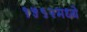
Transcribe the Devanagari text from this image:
१५९२मध्ये